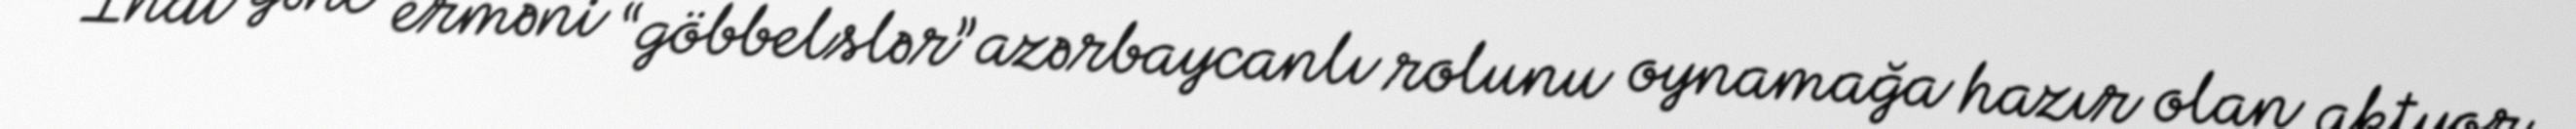
İndi gənc erməni “göbbelslər” azərbaycanlı rolunu oynamağa hazır olan aktyor